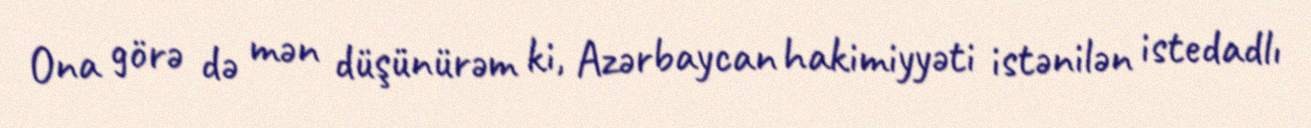
Ona görə də mən düşünürəm ki, Azərbaycan hakimiyyəti istənilən istedadlı